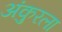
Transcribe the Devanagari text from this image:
अंकुरला